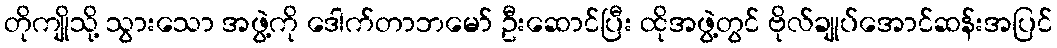
တိုကျိုသို့ သွားသော အဖွဲ့ကို ဒေါက်တာဘမော် ဦးဆောင်ပြီး ထိုအဖွဲ့တွင် ဗိုလ်ချုပ်အောင်ဆန်းအပြင်